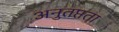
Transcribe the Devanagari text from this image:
अनुतप्तता